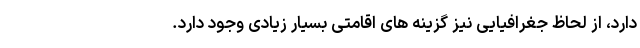
دارد، از لحاظ جغرافیایی نیز گزینه های اقامتی بسیار زیادی وجود دارد.